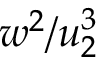
w ^ { 2 } / u _ { 2 } ^ { 3 }